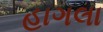
હાગલા